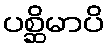
ပစ္ဆိမာပိ